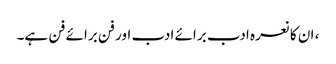
، ان کا نعرہ ادب برائے ادب اور فن برائے فن ہے۔